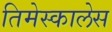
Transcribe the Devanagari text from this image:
तिमेस्कालेस